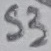
Text: S3